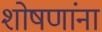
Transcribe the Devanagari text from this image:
शोषणांना